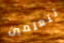
تتعلمين